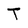
Character: T